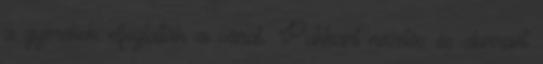
a gyerekek elfoglalták a várat. Pukkant nevetés és durrant